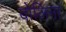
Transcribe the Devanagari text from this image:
बोलिना